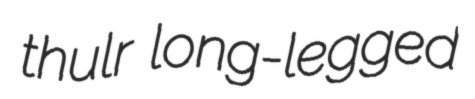
thulr long-legged